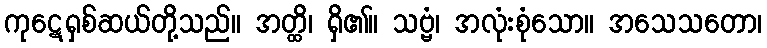
ကုဋေရှစ်ဆယ်တို့သည်။ အတ္ထိ၊ ရှိ၏။ သဗ္ဗံ၊ အလုံးစုံသော။ အသေသတော၊